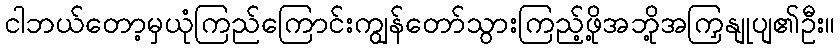
ငါဘယ်တော့မှယုံကြည်ကြောင်းကျွန်တော်သွားကြည့်ဖို့အဘို့အကြှနျုပျ၏ဦး။